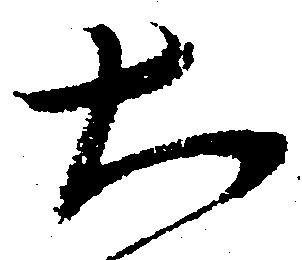
大